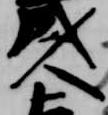
人